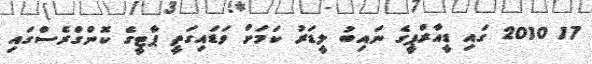
17 2010 ގައި ޑީއާރްޕީގެ ނައިބު ލީޑަރު ކަމަށް ވަޑައިގަތީ ޕާޓީގެ ކޮންގްރެސްގައި